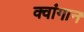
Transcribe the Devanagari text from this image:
क्वांगान